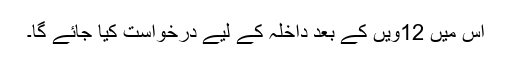
اس میں 12ویں کے بعد داخلہ کے لیے درخواست کیا جائے گا۔